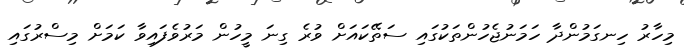
މިހާރު ހިނގަމުންދާ ހަމަނުޖެހުންތަކުގައި ސަތޭކައަށް ވުރެ ގިނަ މީހުން މަރުވެފައިވާ ކަމަށް މިސްރުގައި